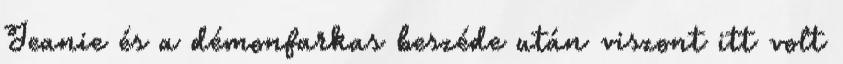
Jeanie és a démonfarkas beszéde után viszont itt volt